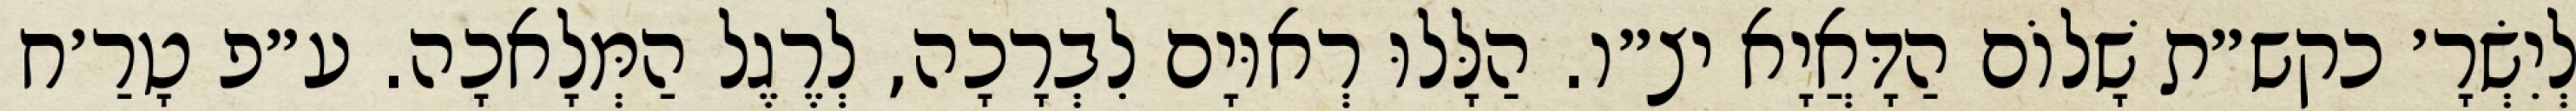
לְיִשְׂרָ׳ כקש״ת שָׁלוֹם הַדָּאֲיָא יצ״ו. הַלָּלוּ רְאוּיָם לִבְרָכָה, לְרֶגֶל הַמְּלָאכָה. ע״פ טָרַ׳ח